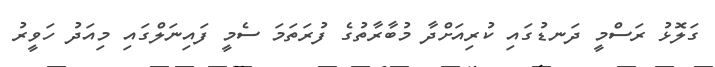
ގަލޮޅު ރަސްމީ ދަނޑުގައި ކުރިއަށްދާ މުބާރާތުގެ ފުރަތަމަ ސެމީ ފައިނަލްގައި މިއަދު ހަވީރު